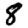
Digit: 8